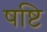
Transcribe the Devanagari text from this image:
षष्टि